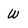
Character: w